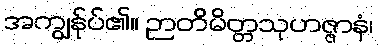
အကျွန်ုပ်၏။ ဉာတိမိတ္တသုဟဇ္ဇာနံ၊